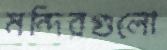
মন্দিরগুলো